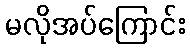
မလိုအပ်ကြောင်း